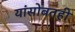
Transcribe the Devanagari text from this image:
यांसोबतही